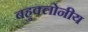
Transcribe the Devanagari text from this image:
बहुक्लोनीय